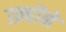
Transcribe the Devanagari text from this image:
उऩ्होंने